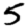
Digit: 5